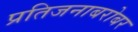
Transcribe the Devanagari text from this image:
प्रतिजनाबरोबर